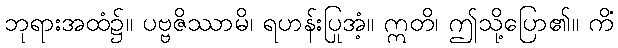
ဘုရားအထံ၌။ ပဗ္ဗဇိဿာမိ၊ ရဟန်းပြုအံ့။ ဣတိ၊ ဤသို့ပြော၏။ ကိံ